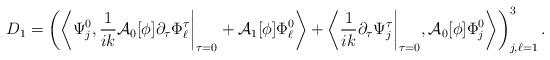
LaTeX: \begin{align*}D_{1} = \left(\left\langle\Psi_{j}^{0}, \frac{1}{ik}\mathcal{A}_{0}[\phi]\partial_{\tau}\Phi_{\ell}^{\tau}\bigg|_{\tau = 0} + \mathcal{A}_{1}[\phi]\Phi_{\ell}^{0}\right\rangle + \left\langle\frac{1}{ik}\partial_{\tau}\Psi_{j}^{\tau}\bigg|_{\tau = 0},\mathcal{A}_{0}[\phi]\Phi_{j}^{0} \right\rangle\right)_{j,\ell = 1}^{3}.\end{align*}